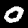
Label: 0